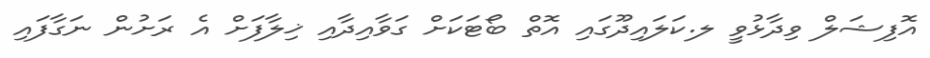
އޮފިޝަލް ވިދާޅުވީ ލ.ކަލައިދޫގައި އޮތް ބޯޓަކަށް ގަވާއިދާއި ޚިލާފަށް އެ ރަށުން ނަގާފައި